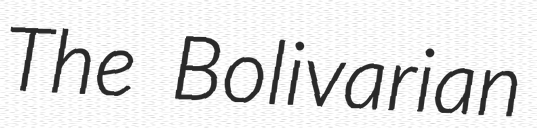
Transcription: The Bolivarian